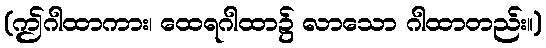
(ဤဂါထာကား၊ ထေရဂါထာ၌ လာသော ဂါထာတည်း။)